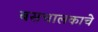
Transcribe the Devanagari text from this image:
बसचालकाचे